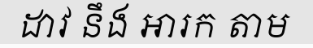
ដាវ នឹង អារក តាម